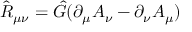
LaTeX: \hat { \cal R } _ { \mu \nu } = \hat { G } ( \partial _ { \mu } A _ { \nu } - \partial _ { \nu } A _ { \mu } )